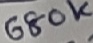
Text: 680K